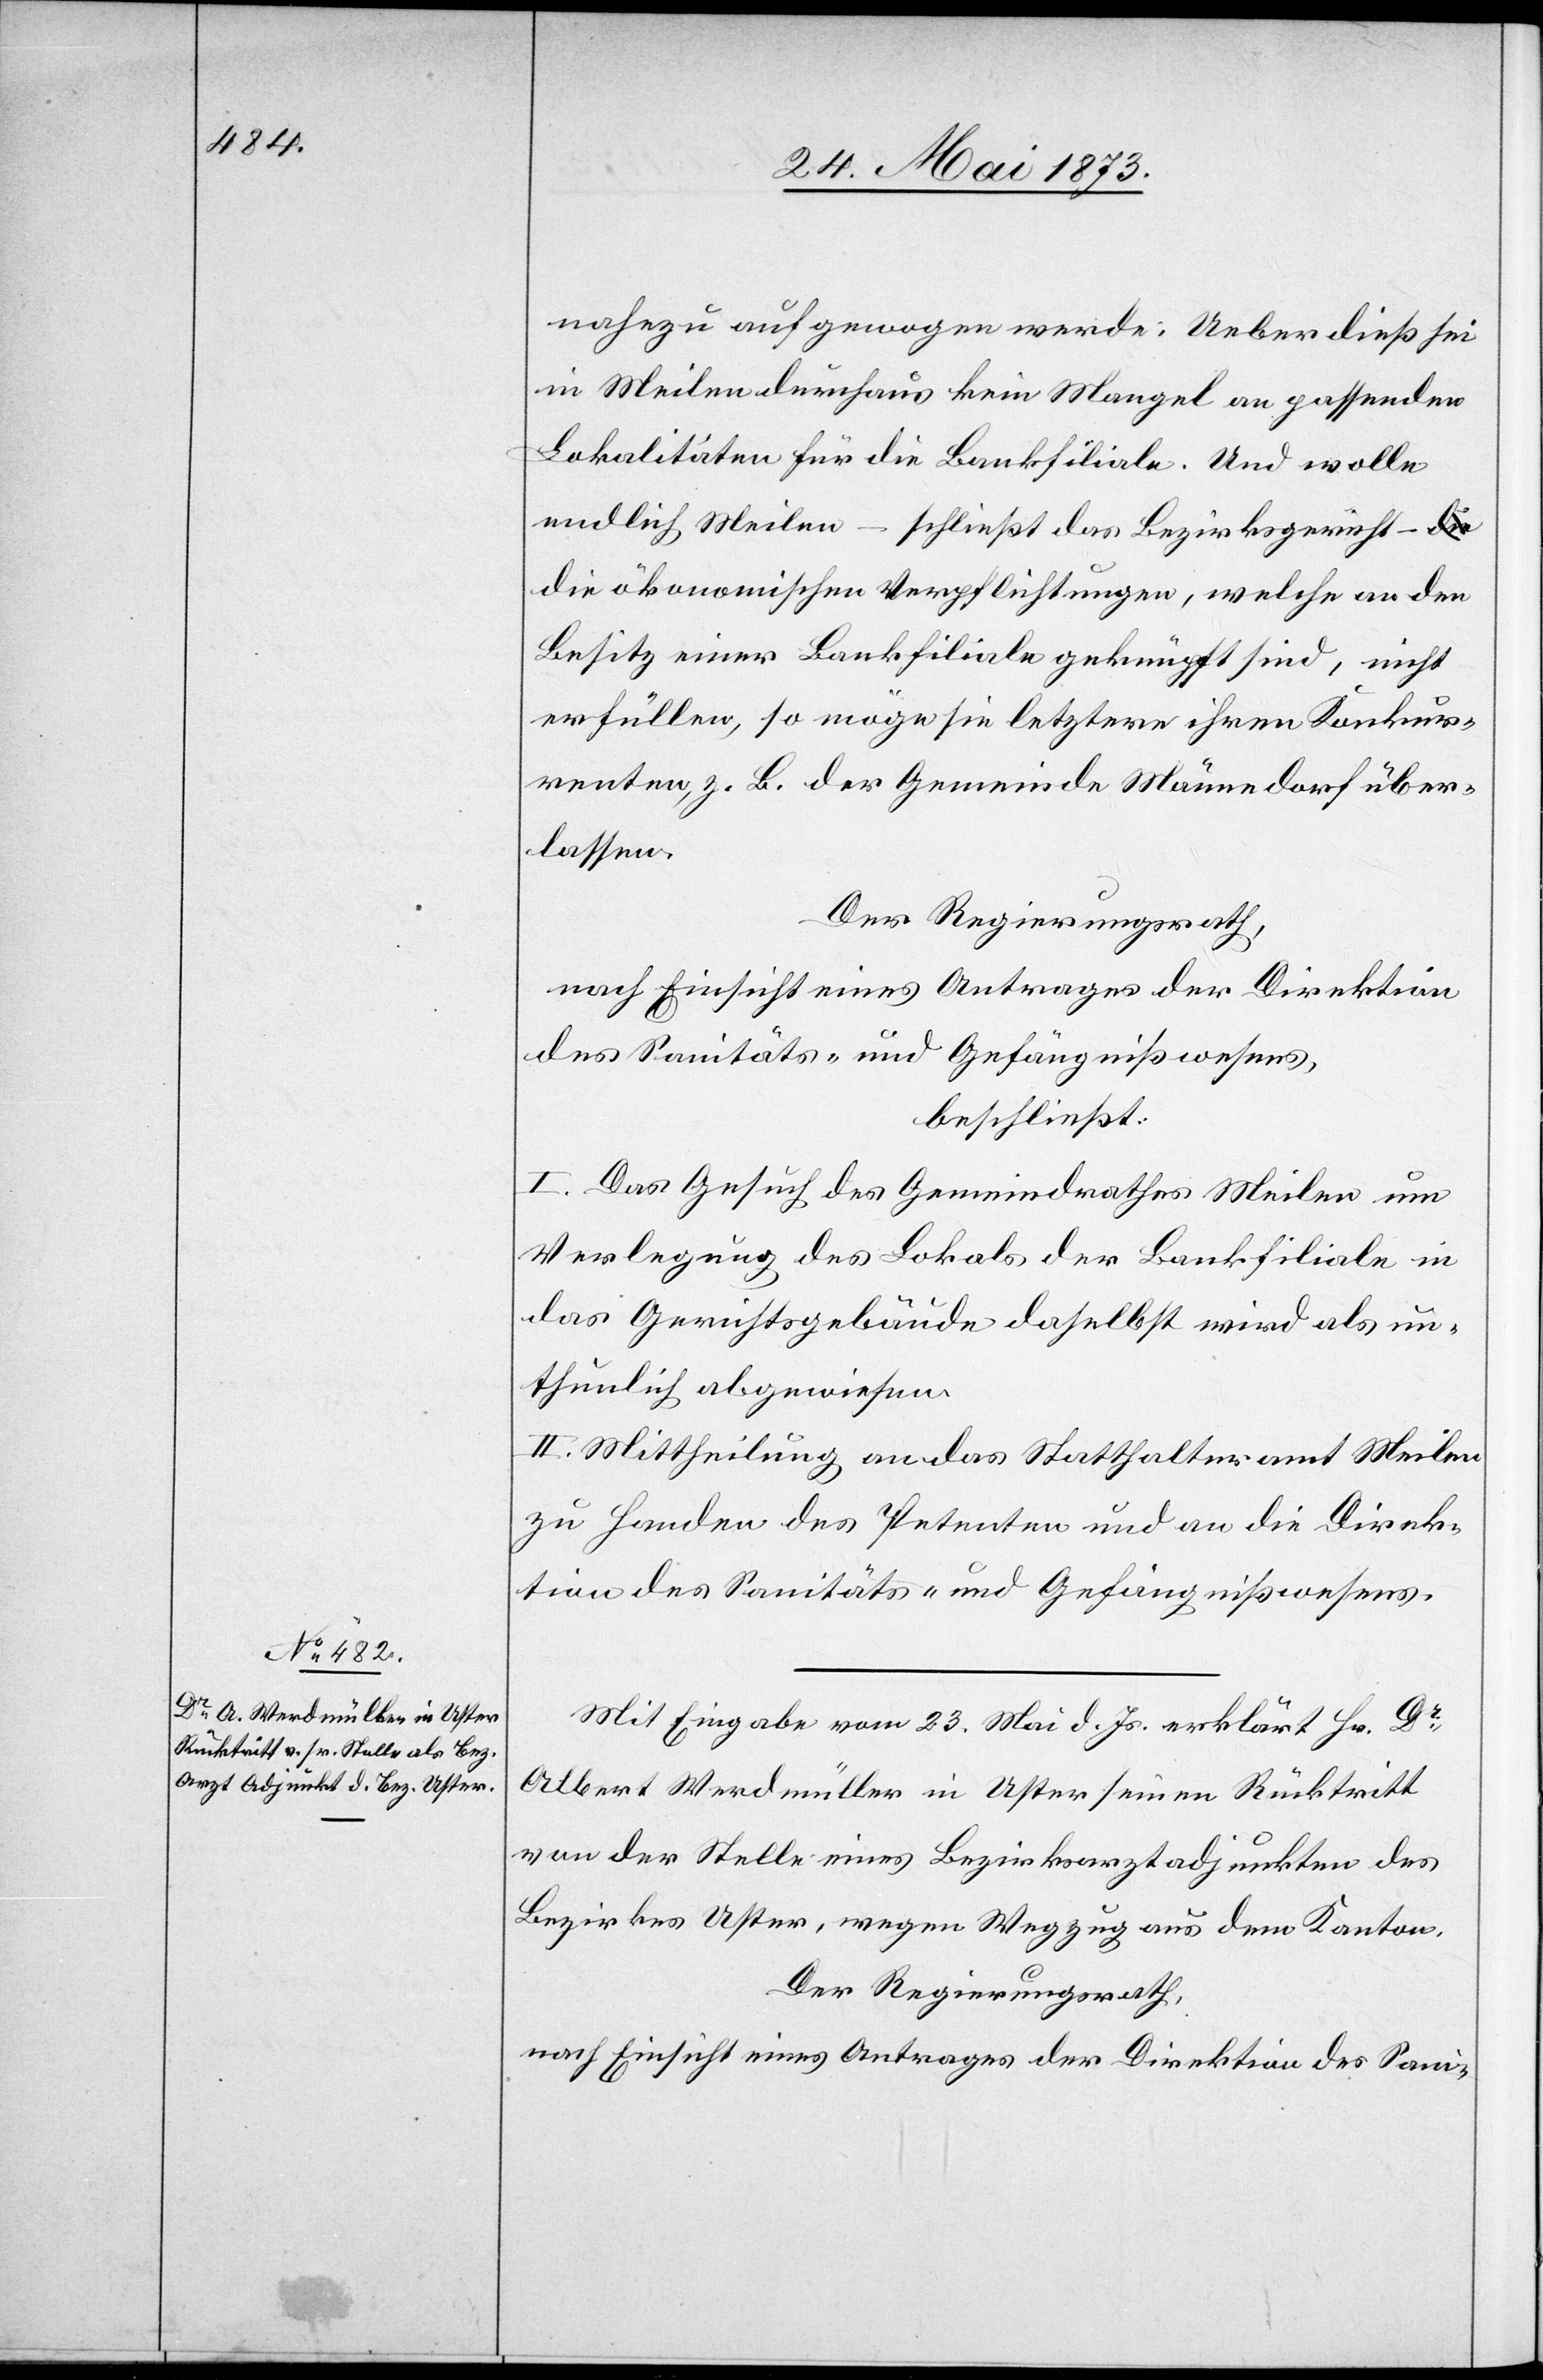
nahezu aufgewogen werde; Ueber dieß sei
in Meilen durchaus kein Mangel an passenden
Lokalitäten für die Bankfiliale. Und wolle
endlich Meilen – schließt das Bezirksgericht –
die ökonomischen Verpflichtungen, welche an den
Besitz einer Bankfiliale geknüpft sind, nicht
erfüllen, so möge sie letztere ihren Konkur¬
renten, z. B. der Gemeinde Männedorf über¬
lassen.
Der Regierungsrath,
nach Einsicht eines Antrages der Direktion
des Sanitäts- und Gefängnißwesens,
beschließt:
I. Das Gesuch des Gemeindrathes Meilen um
Verlegung des Lokals der Bankfiliale in
das Gerichtsgebäude daselbst wird als un¬
thunlich abgewiesen.
II. Mittheilung an das Statthalteramt Meilen
zu Handen des Petenten und an die Direk¬
tion des Sanitäts- und Gefängißwesens.
Mit Eingabe vom 23. Mai d. Js. erklärt Hr. Dr
Albert Werdmüller in Uster seinen Rücktritt
von der Stelle eines Bezirksarztadjunkten des
Bezirkes Uster, wegen Wegzug aus dem Kanton.
Der Regierungsrath,
nach Einsicht eines Antrages der Direktion des Sani-